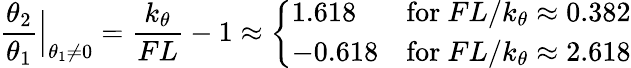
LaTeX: {\frac{\theta_{2}}{\theta_{1}}}{\Big|}_{\theta_{1}\neq 0}={\frac{k_{\theta}}{FL}}-1\approx\left\{ {\begin{array}{ll}{1.618}&{{\mathrm{for~}}FL/k_{\theta}\approx 0.382}\\ {-0.618}&{{\mathrm{for~}}FL/k_{\theta}\approx 2.618}\end{array}}\right.